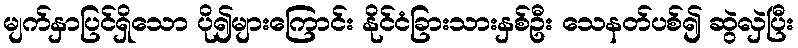
မျက်နှာပြင်ရှိသော ပို၍များကြောင်း နိုင်ငံခြားသားနှစ်ဦး သေနတ်ပစ်၍ ဆွဲလှဲပြီး